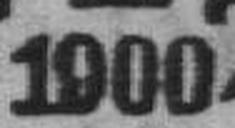
1900